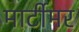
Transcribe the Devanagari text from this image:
मार्टीमर